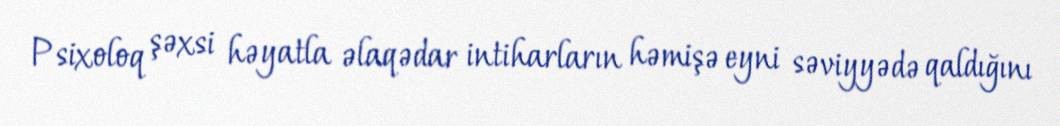
Psixoloq şəxsi həyatla əlaqədar intiharların həmişə eyni səviyyədə qaldığını